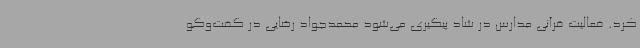
کرد. فعالیت قرآنی مدارس در شاد پیگیری می‌شود محمدجواد رضایی در گفت‌وگو